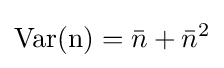
{\rm {Var(n)}}={\bar {n}}+{\bar {n}}^{2}